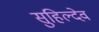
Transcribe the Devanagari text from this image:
सुहिल्देव